Insane asylums in Bengal annual reports 1867-1875 - 1867-1875
Year: 1867
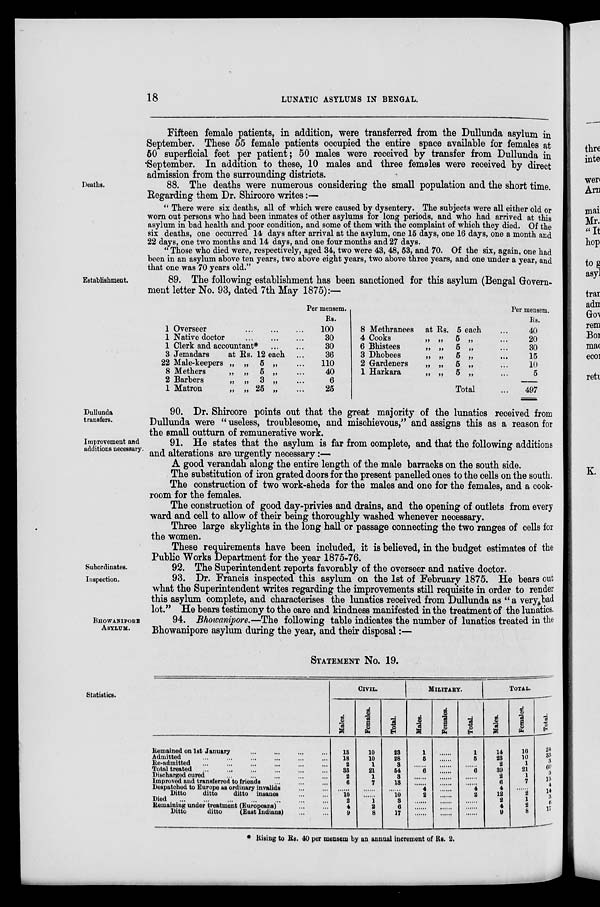
18
LUNATIC ASYLUMS IN BENGAL.
Fifteen female patients, in addition, were transferred from the Dullunda asylum in
September. These 55 female patients occupied the entire space available for females at
50 superficial feet per patient; 50 males were received by transfer from Dullunda in
September. In addition to these, 10 males and three females were received by direct
admission from the surrounding districts.
Deaths.
88. The deaths were numerous considering the small population and the short time.
Regarding them Dr. Shircore writes:—
" There were six deaths, all of which were caused by dysentery. The subjects were all either old or
worn out persons who had been inmates of other asylums for long periods, and who had arrived at this
asylum in bad health and poor condition, and some of them with the complaint of which they died. Of the
six deaths, one occurred 14 days after arrival at the asylum, one 15 days, one 16 days, one a month and
22 days, one two months and 14 days, and one four months and 27 days.
" Those who died were, respectively, aged 34, two were 43, 48, 53, and 70. Of the six, again, one had
been in an asylum above ten years, two above eight years, two above three years, and one under a year, and
that one was 70 years old."
Establishment.
89. The following establishment has been sanctioned for this asylum (Bengal Govern-
ment letter No. 93, dated 7th May 1875):—
1 Overseer
...
...
...
1 Native doctor
...
...
...
1 Clerk and accountant*
...
...
3 Jemadars
at Rs. 12 each ...
22 Male-keepers „ „ 5 „ ...
8 Methers
„ „ 5 „ ...
2 Barbers
„ „ 3 „ ...
1 Matron
„ „ 25 „ ...
Per mensem.
Rs.
100
30
30
36
110
40
6
25
8 Methranees at Rs. 5 each ...
4 Cooks
„ „ 5 „ ...
6 Bhistees
„ „ 5 „ ...
3 Dhobees
„ „ 5 „ ...
2 Gardeners
„ „ 5 „ ...
1 Harkara
„ „ 5 „ ...
Total ...
Per mensem.
Rs.
40
20
30
15
10
5
497
Dullunda
transfers.
90. Dr. Shircore points out that the great majority of the lunatics received from
Dullunda were " useless, troublesome, and mischievous," and assigns this as a reason for
the small outturn of remunerative work.
Improvement and
additions necessary.
91. He states that the asylum is far from complete, and that the following additions
and alterations are urgently necessary:—
A good verandah along the entire length of the male barracks on the south side.
The substitution of iron grated doors for the present panelled ones to the cells on the south.
The construction of two work-sheds for the males and one for the females, and a cook-
room for the females.
The construction of good day-privies and drains, and the opening of outlets from every
ward and cell to allow of their being thoroughly washed whenever necessary.
Three large skylights in the long hall or passage connecting the two ranges of cells for
the women.
These requirements have been included, it is believed, in the budget estimates of the
Public Works Department for the year 1875-76.
Subordinates.
92. The Superintendent reports favorably of the overseer and native doctor.
Inspection.
93. Dr. Francis inspected this asylum on the 1st of February 1875. He bears out
what the Superintendent writes regarding the improvements still requisite in order to render
this asylum complete, and characterises the lunatics received from Dullunda as " a very bad
lot" He hears testimony to the care and kindness manifested in the treatment of the lunatics.
BHOWANIPORE
ASYLUM.
94. Bhowanipore.—The following table indicates the number of lunatics treated in the
Bhowanipore asylum during the year, and their disposal :—
Statistics.
STATEMENT No. 19.
Remained on 1st January ... ... ... ...
Admitted ... ... ... ... ... ...
Re-admitted ... ... ... ... ...
Total treated ... ... ... ... ...
Discharged cured ... ... ... ...
Improved and transferred to friends ... ...
Despatched to Europe as ordinary invalids ... ...
Ditto
ditto
ditto insanes ... ...
Died
...
...
...
...
...
...
...
Remaining under treatment (Europeans) ... ...
Ditto
ditto
(East Indians)
...
...
CIVIL.
Males.
13
18
2
33
2
6
......
10 2
4
9
Females.
10
10
1
21
1
7
......
......
1
2
8
Total.
23
28
3
64
3
13
......
10
3
6
17
MILITARY.
Males.
1
5
......
6
......
......
4
2
......
......
......
Females.
......
......
......
......
......
......
......
......
......
......
......
Total.
1
5
......
6
......
......
4
2
......
......
......
TOTAL.
Males.
14
23
2
39
2
6
4
12
2
4
9
Females.
10
10
1
21
1
7
......
2
1
2
8
Total.
24
33
3
60
3
13
4
14
3
6
17
* Rising to Rs. 40 per mensem by an annual increment of Rs. 2.